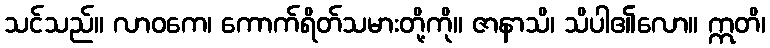
သင်သည်။ လာဝကေ၊ ကောက်ရိတ်သမားတို့ကို။ ဇာနာသိ၊ သိပါ၏လော။ ဣတိ၊